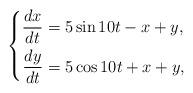
LaTeX: \begin{align*} \left\lbrace \begin{aligned}\frac{dx}{dt} &= 5 \sin 10 t - x + y , \\\frac{dy}{dt} &= 5 \cos 10 t + x + y ,\end{aligned} \right. \end{align*}